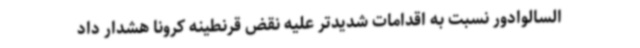
السالوادور نسبت به اقدامات شدیدتر علیه نقض قرنطینه کرونا هشدار داد